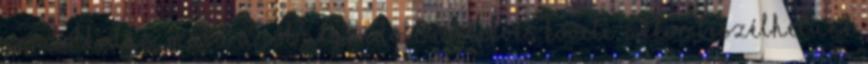
gondolkodás, majd a jól átgondolt cselekvés követi, akkor beszélhetünk